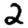
Digit: 2